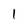
Character: 1